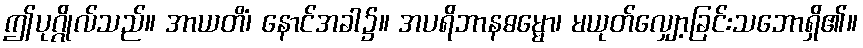
ဤပုဂ္ဂိုလ်သည်။ အာယတိံ၊ နောင်အခါ၌။ အပရိဘာနဓမ္မော၊ မယုတ်လျှော့ခြင်းသဘောရှိ၏။